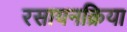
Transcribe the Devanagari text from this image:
रसायनक्रिया